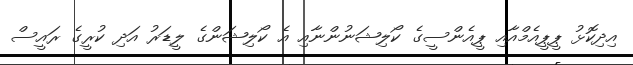
އިދިކޮޅު ޕީޕީއެމްއާއި ޕީއެންސީގެ ކޯލިޝަނުންނާއި އެ ކޯލިޝަންގެ ލީޑަރު އަދި ކުރީގެ ރައީސް